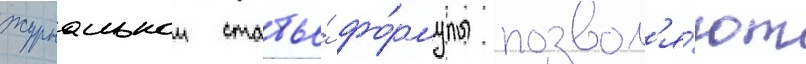
журнальнои статье́ фо́рмулы позвол'я́ют